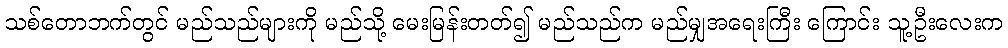
သစ်တောဘက်တွင် မည်သည်များကို မည်သို့ မေးမြန်းတတ်၍ မည်သည်က မည်မျှအရေးကြီး ကြောင်း သူ့ဦးလေးက